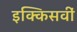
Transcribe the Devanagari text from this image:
इक्किसवीं